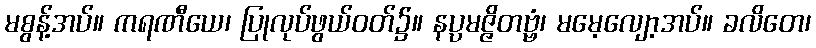
မစွန့်အပ်။ ကရဏီယေ၊ ပြုလုပ်ဖွယ်ဝတ်၌။ နပ္ပမဇ္ဇိတဗ္ဗံ၊ မမေ့လျော့အပ်။ ခလိတေ၊